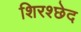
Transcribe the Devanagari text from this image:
शिरश्छेद